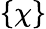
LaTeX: \{ \chi\}